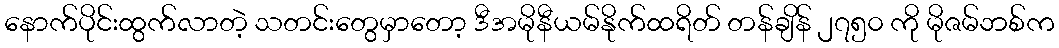
နောက်ပိုင်းထွက်လာတဲ့ သတင်းတွေမှာတော့ ဒီအမိုနီယမ်နိုက်ထရိတ် တန်ချိန် ၂၇၅၀ ကို မိုဇမ်ဘစ်က